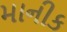
માનીક